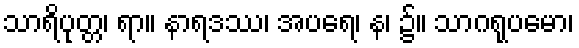
သာရိပုတ္တ၊ ရာ။ နာရဒဿ၊ အပရေ၊ န၊ ၌။ သာဂရုပမော၊